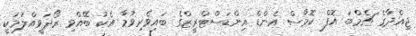
ޖިއްދާގެ ޗެމްބަ އޮފް ކޮމާސް އެންޑް އިންޑަސްޓްރީޒްގެ ބައިވެރިވުމާ އެކު ބޭއްވި ރޯދަވީއްލުމަކީ